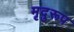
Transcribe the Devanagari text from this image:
मृदुरूप